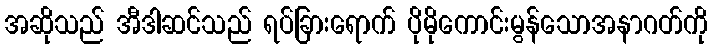
အဆိုသည် အီဒါဆင်သည် ရပ်ခြားရောက် ပိုမိုကောင်းမွန်သောအနာဂတ်ကို